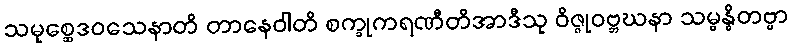
သမုစ္ဆေဒဝသေနာတိ တာနေဝါတိ စက္ခုကရဏီတိအာဒီသု ဝိဇ္ဇုဝဗ္ဘဃနာ သမ္ဗန္ဓိတဗ္ဗာ